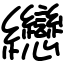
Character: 纞